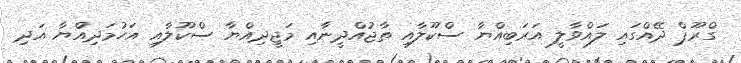
ގްރޫޕް ދޭއްގައި ލައްވާލީ އަރަބިއްޔާ ސްކޫލާއި ތާޖުއްދީނާއި މަޖީދިއްޔާ ސްކޫލާއި އަހުމަދިއްޔާ އަދި